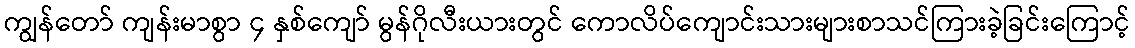
ကျွန်တော် ကျန်းမာစွာ ၄ နှစ်ကျော် မွန်ဂိုလီးယားတွင် ကောလိပ်ကျောင်းသားများစာသင်ကြားခဲ့ခြင်းကြောင့်